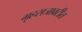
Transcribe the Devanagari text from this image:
गृहसजावटीत